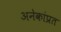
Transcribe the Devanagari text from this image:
अनेकांप्रत